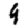
Digit: 9